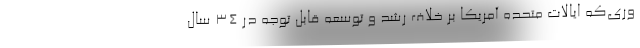
وری‌که ایالات متحده آمریکا بر خلاف رشد و توسعه قابل توجه در 34 سال